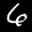
Label: 6